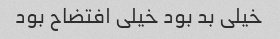
خیلی بد بود خیلی افتضاح بود